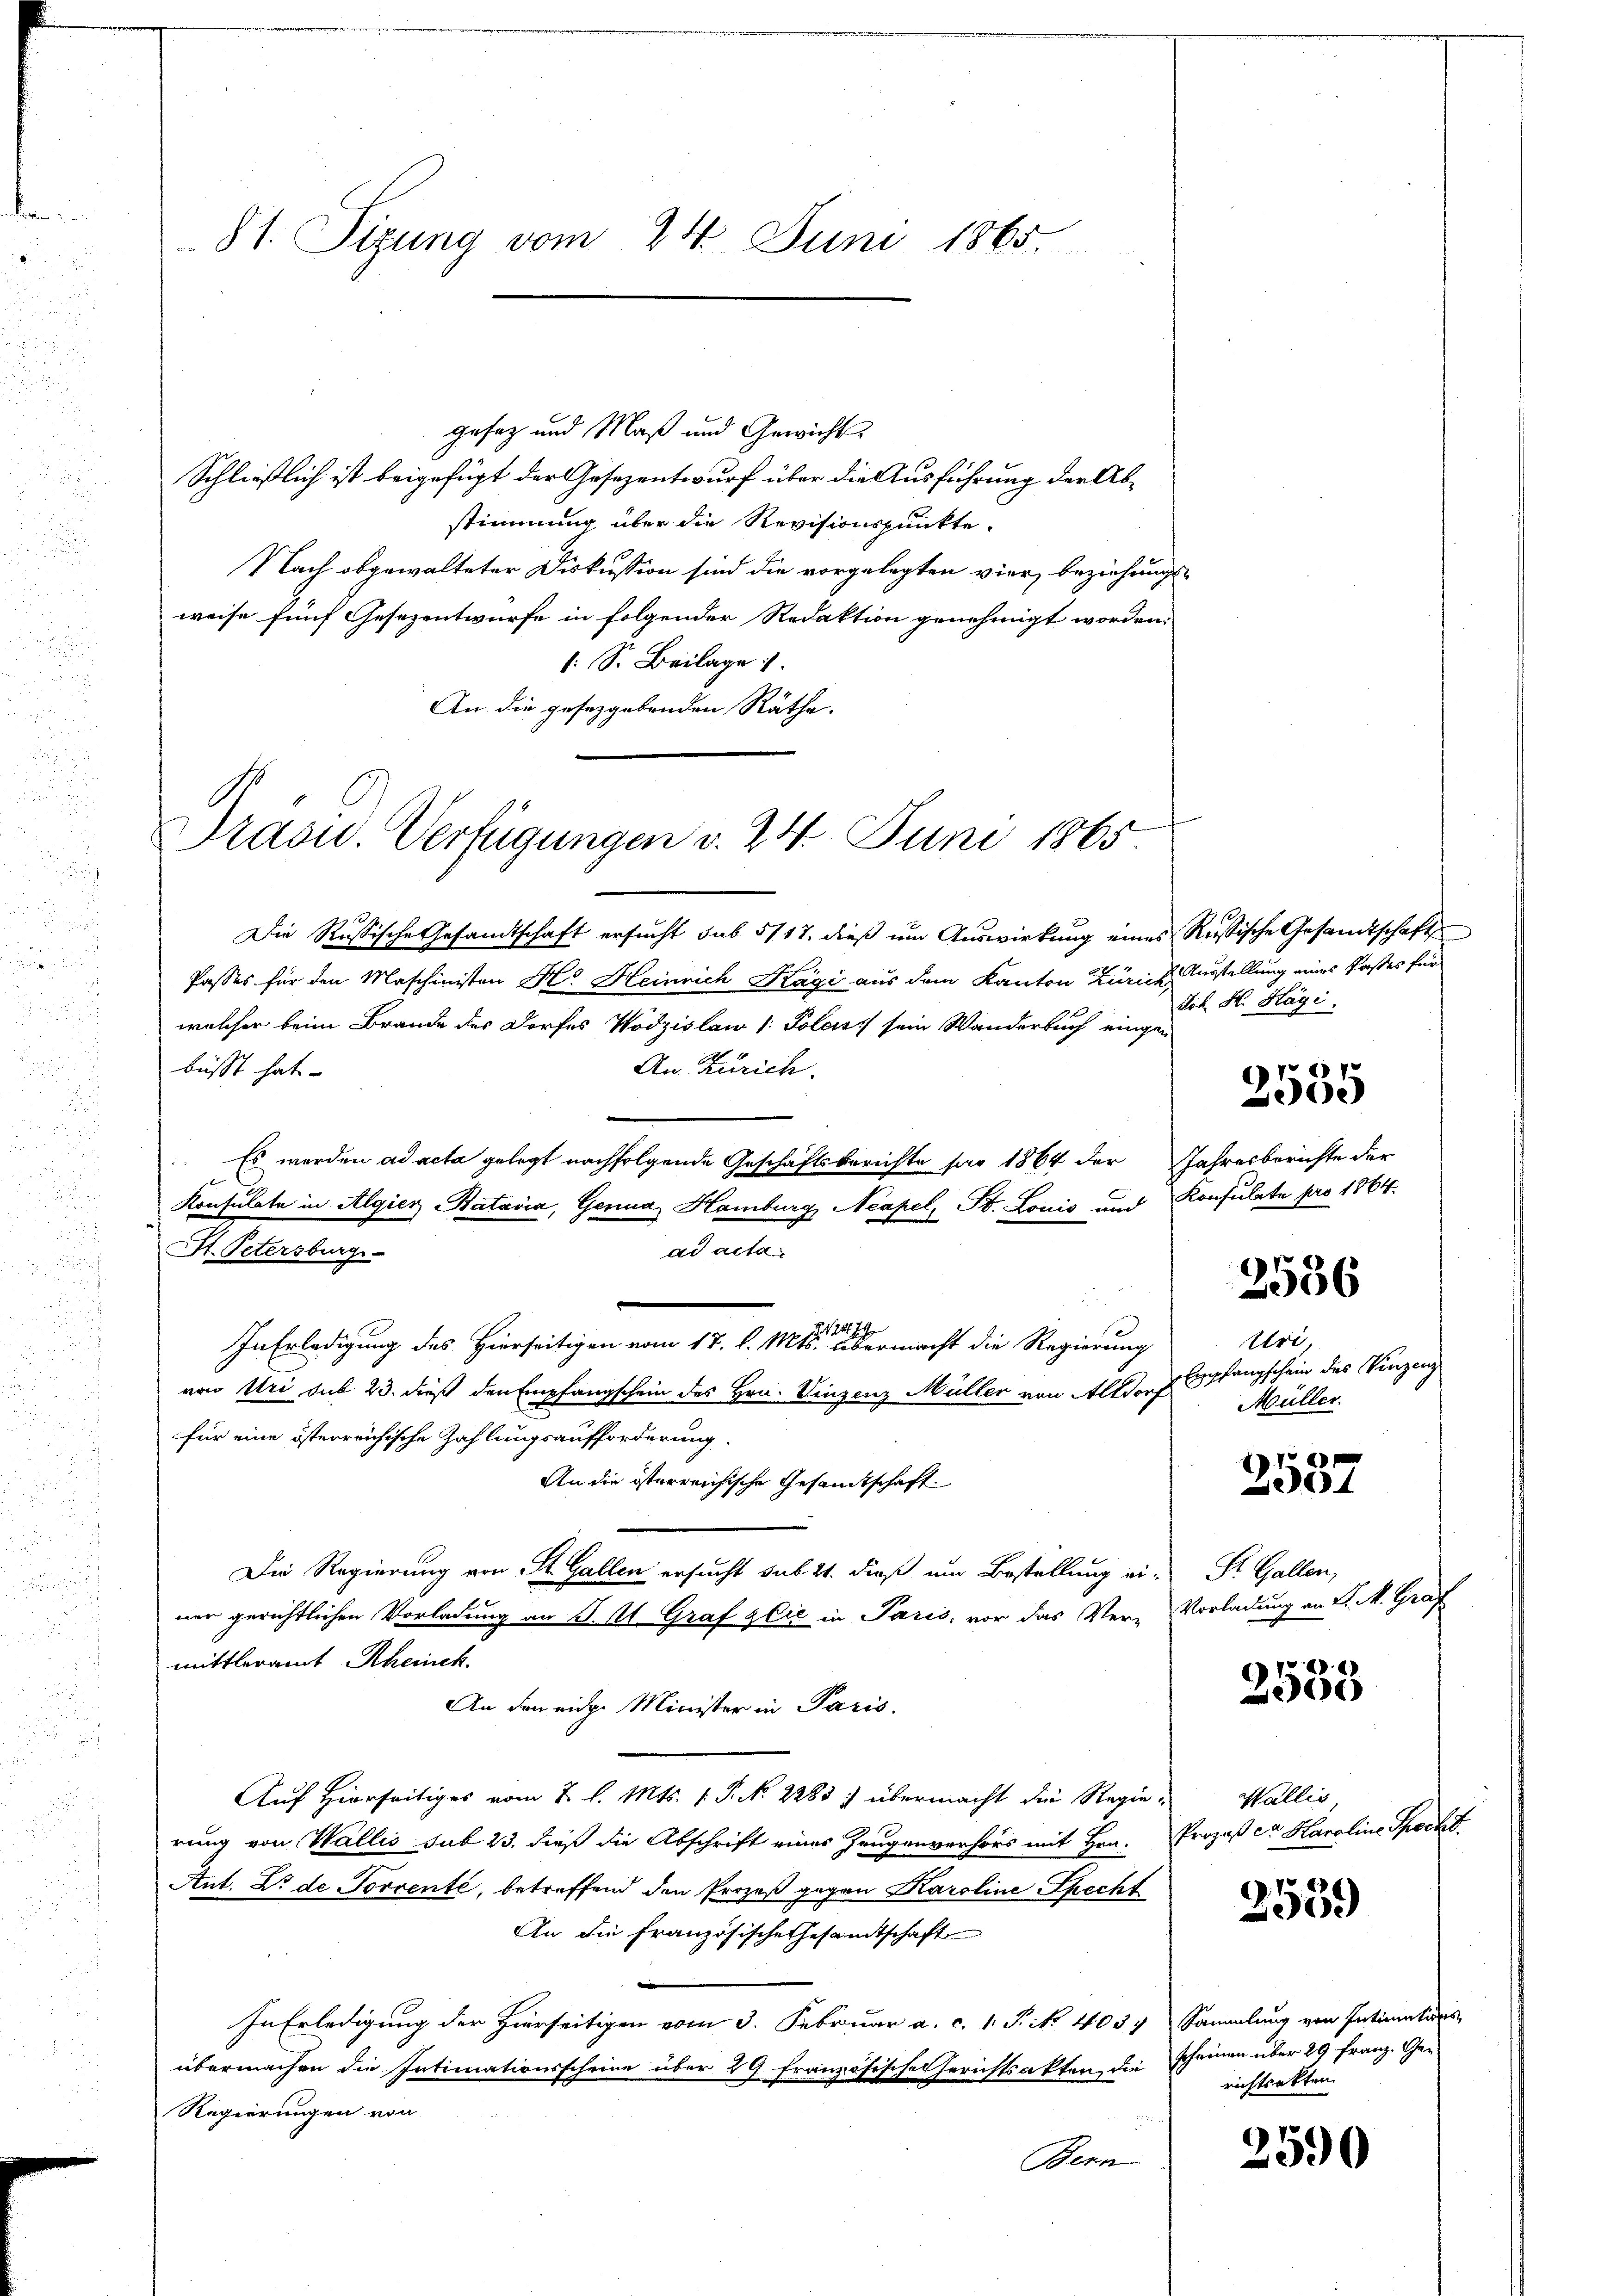
St. Sizung vom 24. Juni 1865.

gesetz und Maß und Gewicht
Schließlich ist beigefügt der Gesezentwurf über die Ausführung der Abstimmung über die Revisionspunkte.
Nach obgewalteter Diskussion sind die vorgelegten vier beziehungsweise fünf Gesezentwurfe in folgender Redaktion genehmigt worden.
: S. Beilage
An die gesetzgebenden Räthe.

Drasw. Verfügungen v. 24. Juni 1865

Die Russische Gesandtschaft ersucht sub 5117. dieß um Auswirkung eines Russische Gesandtschaft
Passes für den Maschinisten H. Heinrich Kägi aus dem Kanton Zürich Ausstellung eines Kastes für
welcher beim Brande des Dorfes Wödzislaw 1 Polen sein Wanderbuch eingen
An Zürich.
büsst hat.
Es werden ad acta gelegt nachfolgende Geschäftsberichte sar 1864 der Jahresberichte der
Konsulate in Algier Batavia, Genua, Hamburg Neapel, St. Loicis und Konsulate pro 1864.
St. Petersburge
ad acta
In Erledigung des Hierseitigen vom 17. d. Mts. ermacht die Regierung
von Uri sub 23. dieß den Empfangschein des Hrn. Vinzenz Müller von Altdorf pfangschein das Vinzenz
für eine österreichische Zahlungsaufforderung.
An die österreichische Gesandtschaft
Die Regierung von St. Gallen ersucht sub 21. dieß um Bestellung ei-
ner gerichtlichen Vorladung an J. A. Graf zlić in Paris, vor das Ver-Vorladung an K. M. Graf
mittleramt Rheinek.
An den eine Minister in Paris.
Auf Hierseitiges vom 2. l. Mts. 1. P. Nr. 2285: übermacht die Regierung von Wallis sub 23. dieß die Abschrift eines Zeugenverhörs mit Hrn. Prozeß er Haroline Speck t
Ant. D. de Torrenté, betreffend den Prozeß gegen Karoline Specht
An die Französische Gesandtschaft
In Erledigung der Hierseitigen vom 3. Februar a. c. 1 Pik. 4034 Sammlung von Intimaturs-
übermachen die Intimationsscheine über 29 französische Gerichtsakten, die Scheinen über 29 franz. Ge¬
Regierungen von
Bern

Act. H. Hägi.

2535

2556
Uri,
Müller.

2587

St. Gallen,

788. 21
2305

Wallis,

2559)

richtsakten.

2590